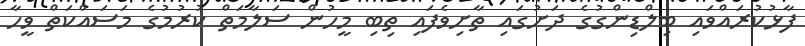
ފާޅުކުރައްވައި ބިލްޑިންގުގެ ދަށުގައި ތާށިވެފައި ތިބި މީހުން ސަލާމަތް ކުރުމުގެ މަސައްކަތް ވީހާ